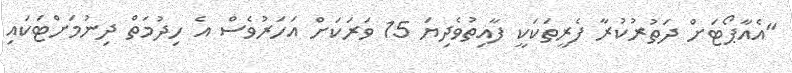
"އެއާޕޯޓަށް ދަތުރުކުރާ ފެރީތަކަކީ ފާއިތުވެދިޔަ 15 ވަރަކަށް އަހަރުވެސް އެ ހިދުމަތް ދިނުމަށްޓަކައި